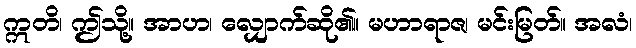
ဣတိ၊ ဤသို့။ အာဟ၊ လျှောက်ဆို၏။ မဟာရာဇ၊ မင်းမြတ်။ အလံ၊